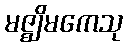
မဇ္ဈိမကေသု